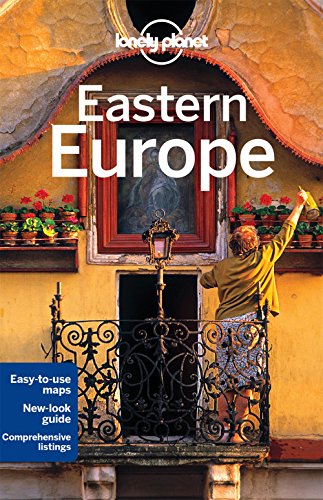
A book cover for Lonely Planet Eastern Europe (Travel Guide); Lonely Planet; Travel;